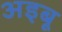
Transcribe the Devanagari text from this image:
अइबू